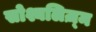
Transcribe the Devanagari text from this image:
सोश्यलिज़्म